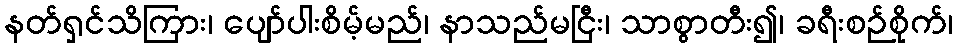
နတ်ရှင်သိကြား၊ ပျော်ပါးစိမ့်မည်၊ နာသည်မငြီး၊ သာစွာတီး၍၊ ခရီးစဉ်စိုက်၊